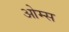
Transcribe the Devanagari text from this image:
ओम्स